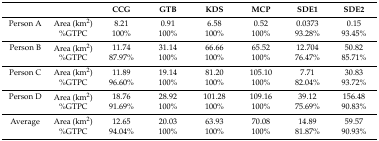
<table><thead><tr><td></td><td></td><td><b>CCG</b></td><td><b>GTB</b></td><td><b>KDS</b></td><td><b>MCP</b></td><td><b>SDE1</b></td><td><b>SDE2</b></td></tr></thead><tbody><tr><td>Person A</td><td>Area (km<sup>2</sup>)</td><td>8.21</td><td>0.91</td><td>6.58</td><td>0.52</td><td>0.0373</td><td>0.15</td></tr><tr><td></td><td>%GTPC</td><td>100%</td><td>100%</td><td>100%</td><td>100%</td><td>93.28%</td><td>93.45%</td></tr><tr><td>Person B</td><td>Area (km<sup>2</sup>)</td><td>11.74</td><td>31.14</td><td>66.66</td><td>65.52</td><td>12.704</td><td>50.82</td></tr><tr><td></td><td>%GTPC</td><td>87.97%</td><td>100%</td><td>100%</td><td>100%</td><td>76.47%</td><td>85.71%</td></tr><tr><td>Person C</td><td>Area (km<sup>2</sup>)</td><td>11.89</td><td>19.14</td><td>81.20</td><td>105.10</td><td>7.71</td><td>30.83</td></tr><tr><td></td><td>%GTPC</td><td>96.60%</td><td>100%</td><td>100%</td><td>100%</td><td>82.04%</td><td>93.72%</td></tr><tr><td>Person D</td><td>Area (km<sup>2</sup>)</td><td>18.76</td><td>28.92</td><td>101.28</td><td>109.16</td><td>39.12</td><td>156.48</td></tr><tr><td></td><td>%GTPC</td><td>91.69%</td><td>100%</td><td>100%</td><td>100%</td><td>75.69%</td><td>90.83%</td></tr><tr><td>Average</td><td>Area (km<sup>2</sup>)</td><td>12.65</td><td>20.03</td><td>63.93</td><td>70.08</td><td>14.89</td><td>59.57</td></tr><tr><td></td><td>%GTPC</td><td>94.04%</td><td>100%</td><td>100%</td><td>100%</td><td>81.87%</td><td>90.93%</td></tr></tbody></table>